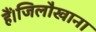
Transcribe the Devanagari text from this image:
हैं।जिलौखाना